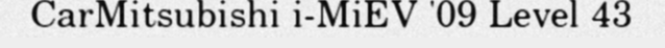
CarMitsubishi i-MiEV '09 Level 43